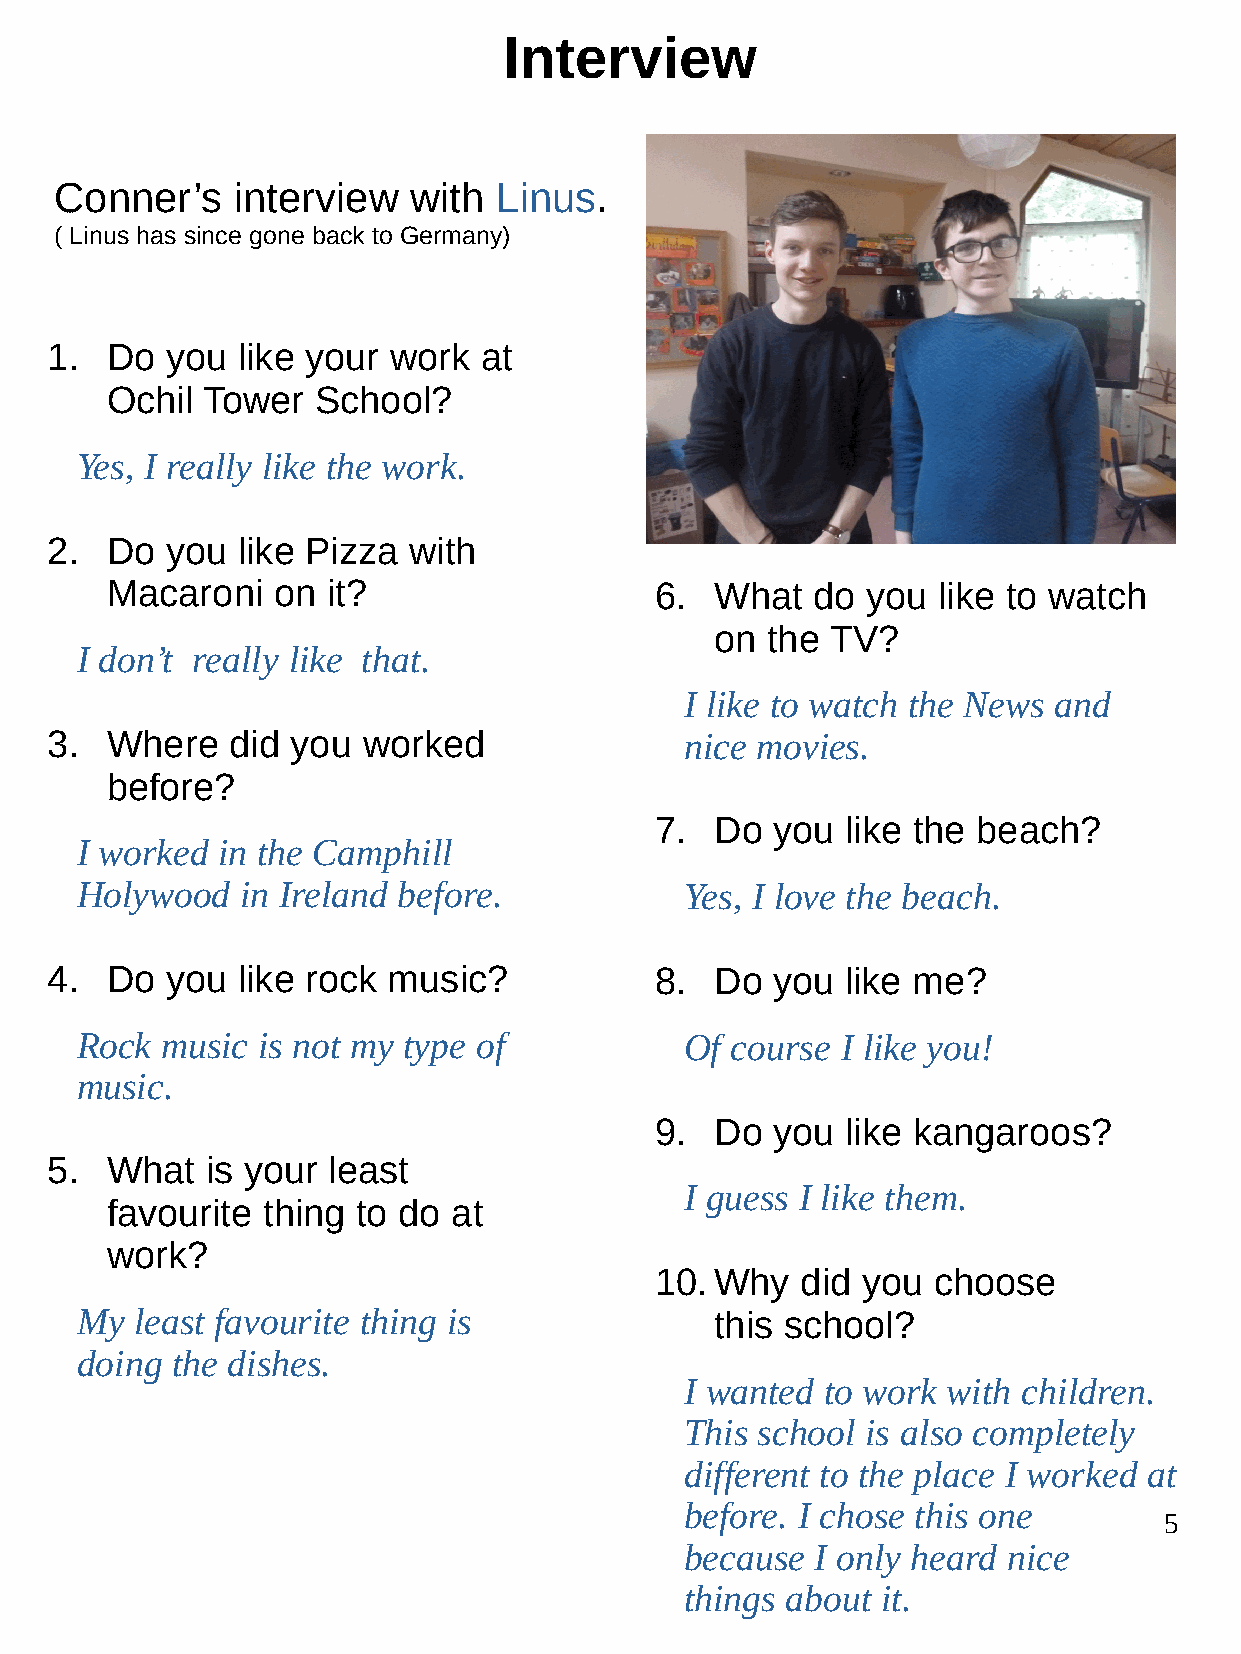
Interview
 Conner’s   interview   with  Linus.
 ( Linus has since gone back to Germany)
 1.  Do  you  like your work  at
 Ochil Tower   School?
 Yes, I really like the work.
 2.  Do  you  like Pizza with
 Macaroni   on  it?                  6.  What   do you  like to watch
 on  the TV?
 I don’t really like that.
 I like to watch the News and
 3.  Where   did you  worked               nice movies.
 before?
 7.  Do  you  like the beach?
 I worked in the Camphill
 Holywood   in Ireland before.           Yes, I love the beach.
 4.  Do  you  like rock music?           8.  Do  you  like me?
 Rock  music is not my type of           Of course  I like you!
 music.
 9.  Do  you  like kangaroos?
 5.  What   is your least
 I guess I like them.
 favourite thing  to do at
 work?
 10. Why   did you  choose
 My  least favourite thing is              this school?
 doing the dishes.
 I wanted  to work with children.
 This school is also completely
 different to the place I worked at
 before. I chose this one
 5
 because  I only heard nice
 things about it.